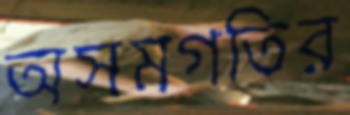
অসমগতির